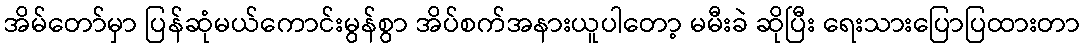
အိမ်တော်မှာ ပြန်ဆုံမယ်ကောင်းမွန်စွာ အိပ်စက်အနားယူပါတော့ မမီးခဲ ဆိုပြီး ရေးသားပြောပြထားတာ